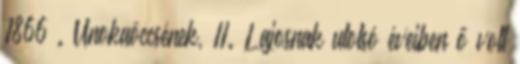
1866 . Unokaöccsének, II. Lajosnak utolsó éveiben ő volt